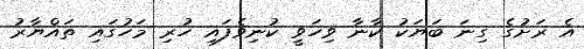
އެ ރަށުގެ ގިނަ ބަޔަކު ކާނާ ވިހަވީ ކުނިވެފައި ހުރި މަހުގައި ތައްޔާރު